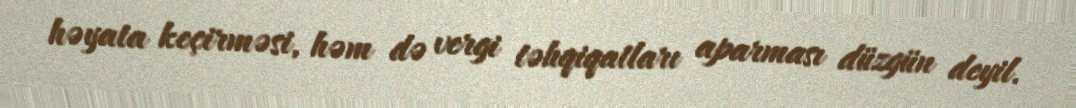
həyata keçirməsi, həm də vergi təhqiqatları aparması düzgün deyil.